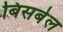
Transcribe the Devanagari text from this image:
बिसबेल